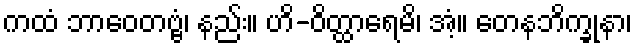
ကထံ ဘာဝေတဗ္ဗံ၊ နည်း။ ဟိ-ဝိတ္ထာရေမိ၊ အံ့။ တေနဘိက္ခုနာ၊